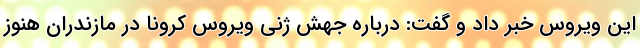
این ویروس خبر داد و گفت: درباره‌ جهش ژنی ویروس کرونا در مازندران هنوز